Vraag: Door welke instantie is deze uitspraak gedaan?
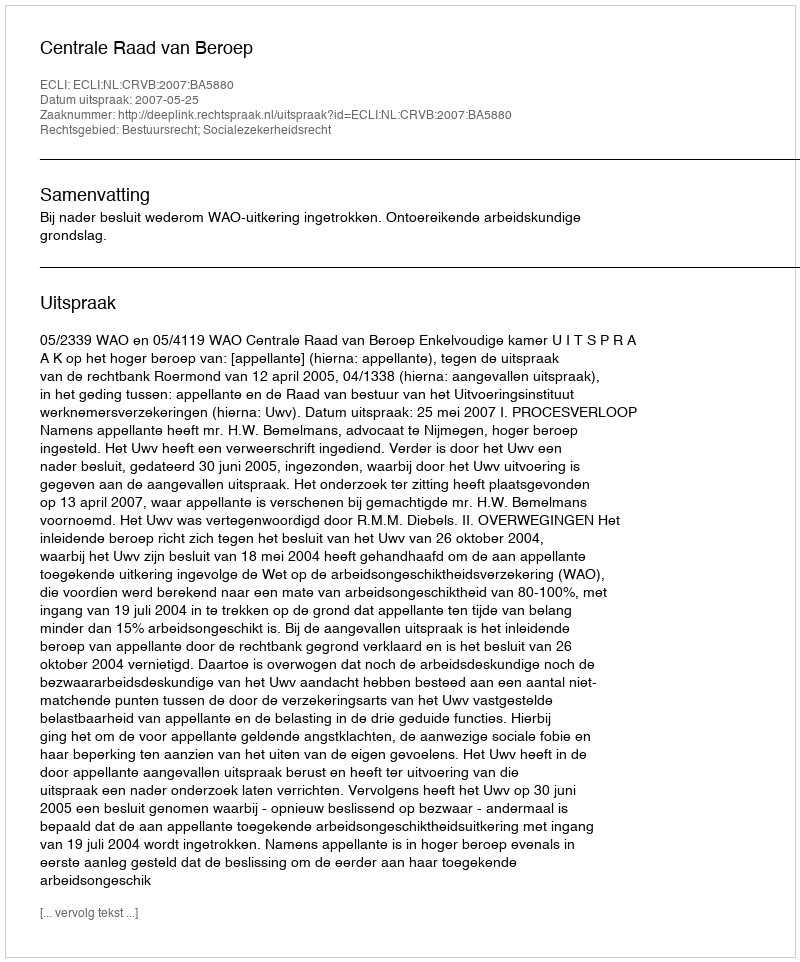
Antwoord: Centrale Raad van Beroep